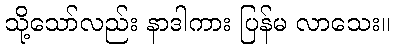
သို့သော်လည်း နာဒါကား ပြန်မ လာသေး။